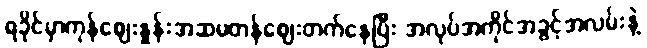
ရခိုင်မှာကုန်ဈေးနှုန်းအဆမတန်ဈေးတက်နေပြီး အလုပ်အကိုင်အခွင့်အလမ်းနဲ့